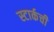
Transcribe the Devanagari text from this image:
स्टार्कची